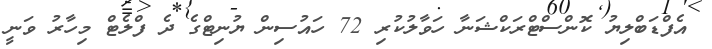
އެފްޑަބްލިޔު ކޮންސްޓްރަކްޝަނާ ހަވާލުކުރި 72 ހައުސިން ޔުނިޓްގެ ދެ ފްލެޓް މިހާރު ވަނީ